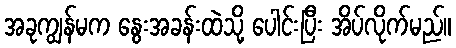
အခုကျွန်မက နွေးအခန်းထဲသို့ ပေါင်းပြီး အိပ်လိုက်မည်။